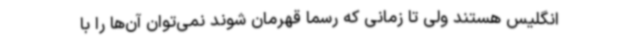
انگلیس هستند ولی تا زمانی که رسما قهرمان شوند نمی‌توان آن‌ها را با